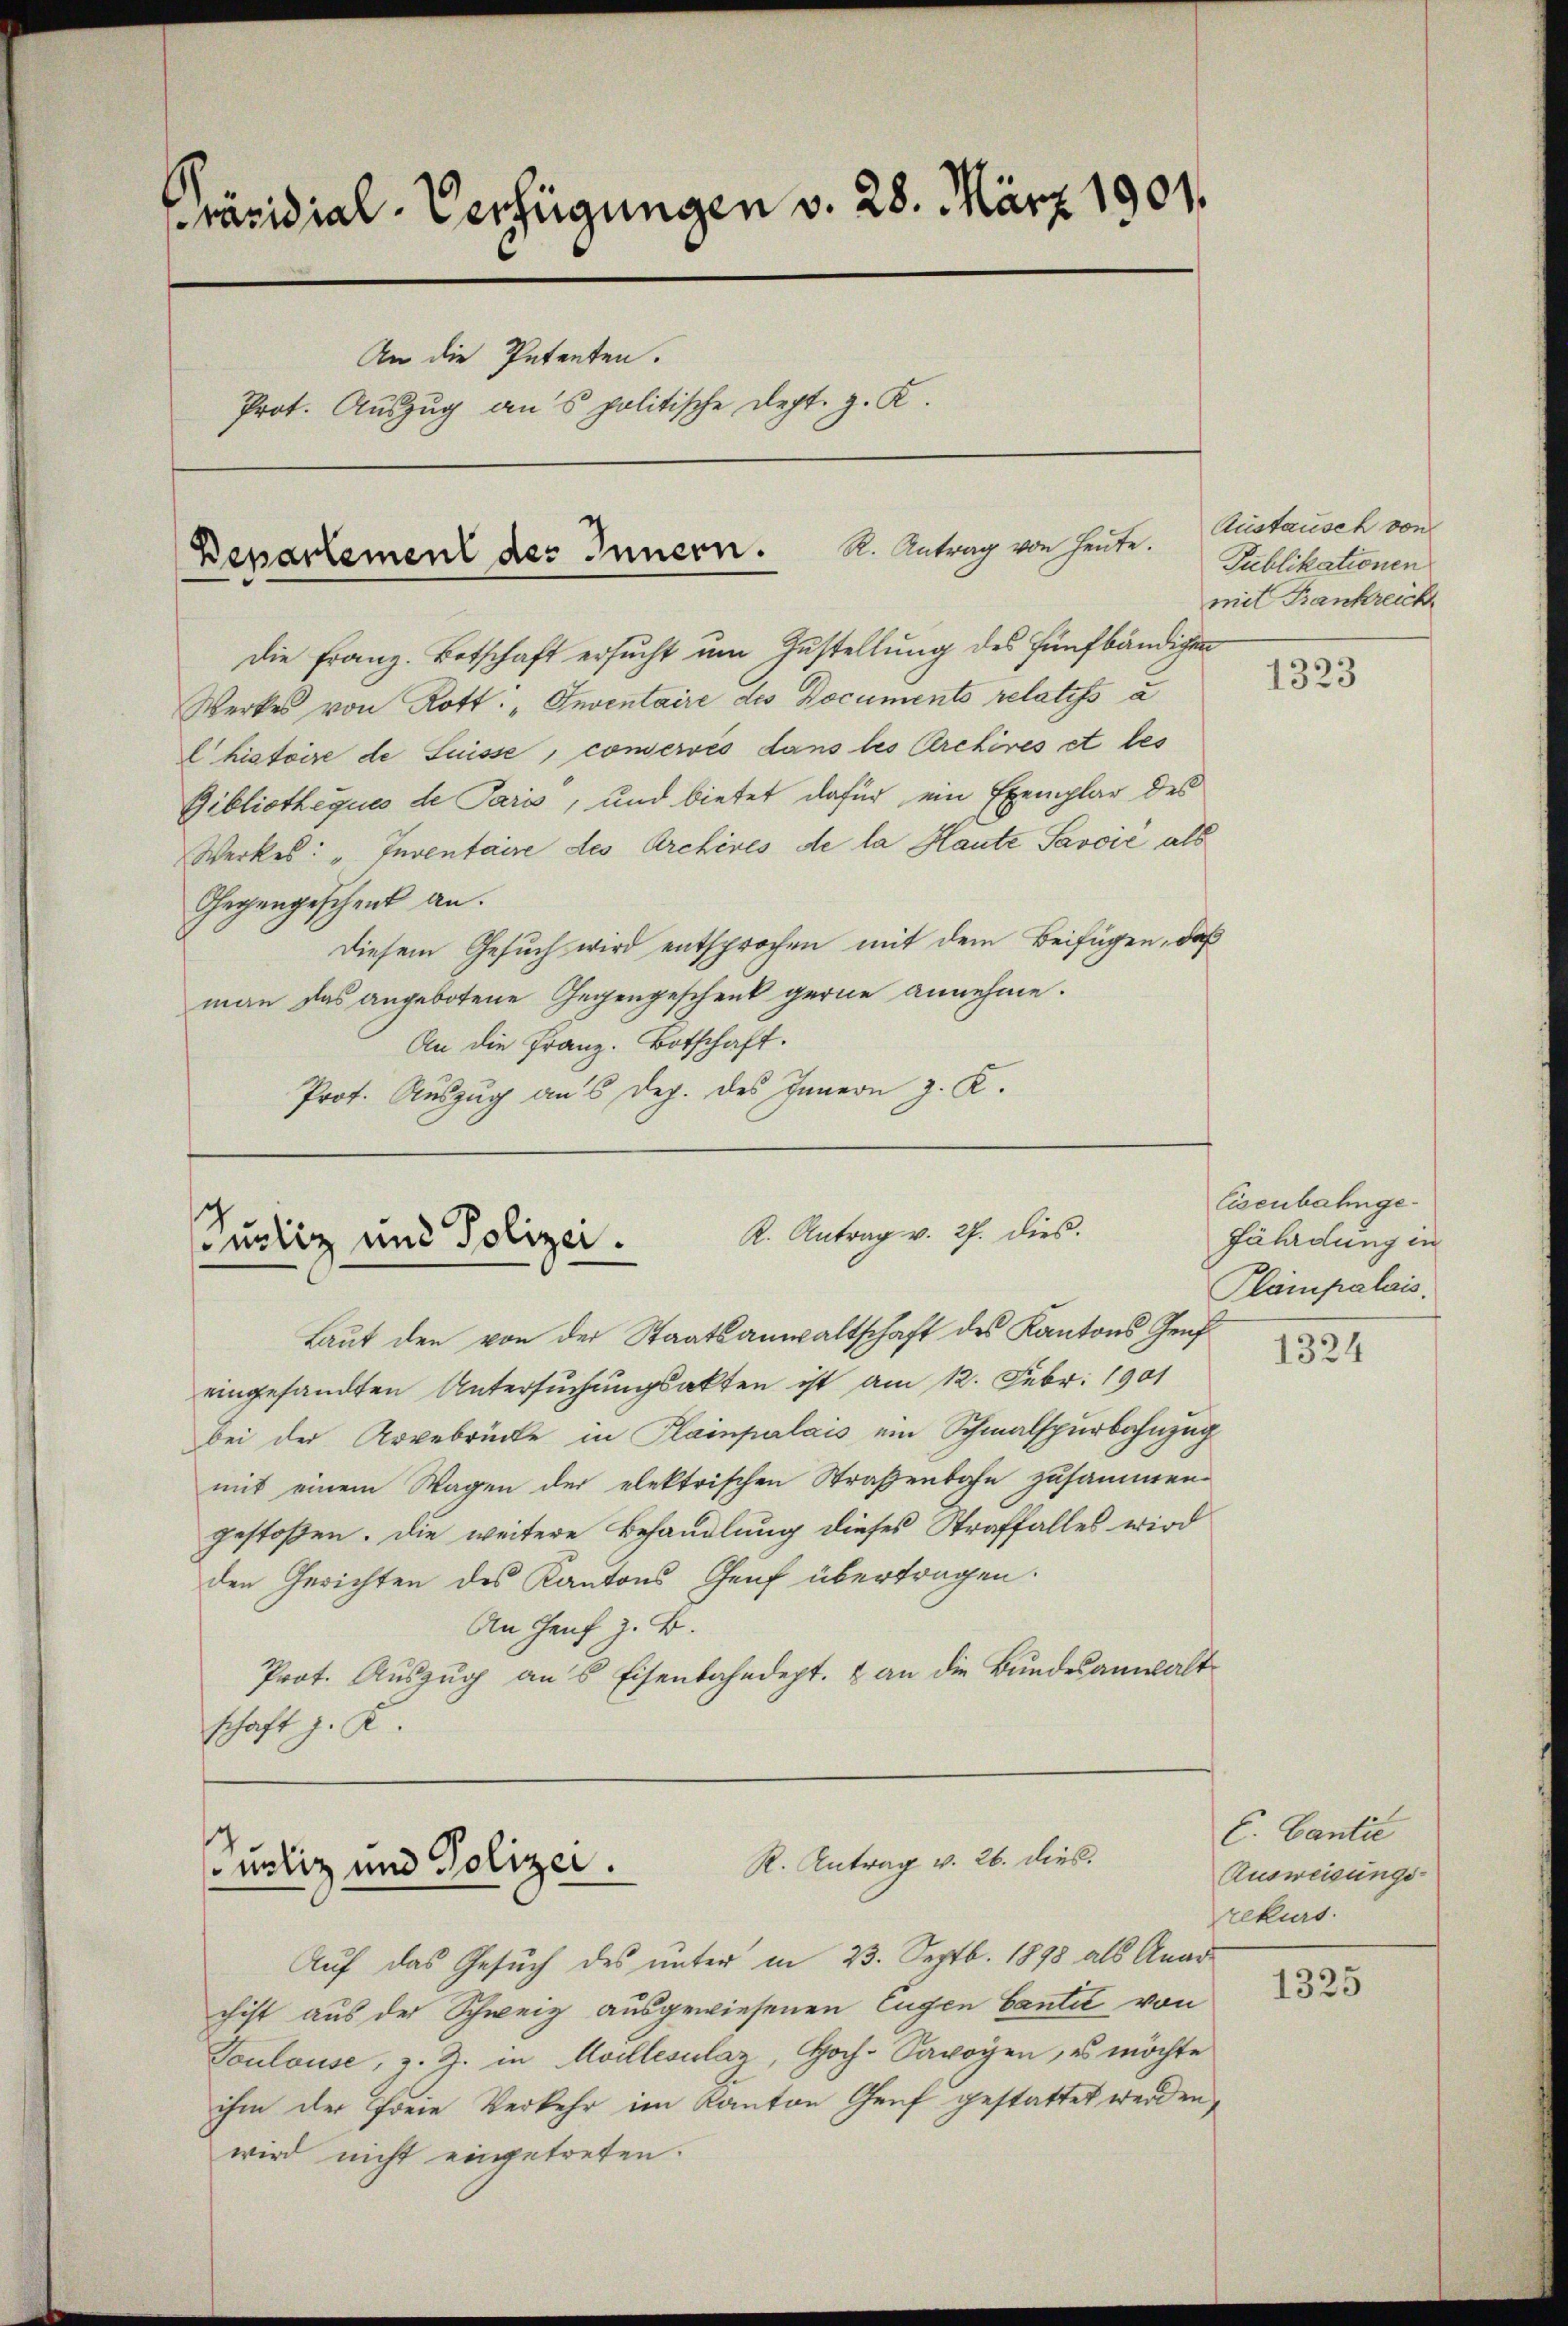
racidial-Verfügungen v. 28. März 1901.
An die Petenten.
Prot. Auszug aus politische Dept. z. K.

Departement des Innern. K. Antrag von heute.

K. Antrag v. 27. dies.
ustiz und Polizei.
Laut den von der Staatsanwaltschaft des Kantons Graf

R. Antrag v. 26. dies
uelig und Polizei.

Die Franz. Botschaft ersucht um Zustellung des fünfbändigen
Werkes von Rott: „Inventaire des Documents relatifs à
lhistoire de Suisse, conservés dans les Archires et bes
Gibliotheques de Paris, und bietet dafür ein Exemplar des
Werkel: „Inventaire des Archives de la Haute Savoić als
Gegengeschenk an.
Diesem Gesuch wird entsprochen mit dem Beifügen, daß
man das angebotene Gegengeschenk gerne annehme.
An die Franz. Botschaft.
Prof. Auszug an 5 Dez. des Innern z. K.

eingesandten Untersuchungsakten ist am 12. Febr. 1901
bei der Arbebrücke in Plainpalais ein Schmalspurbahnzug
mit einem Wagen der elektrischen Straßenbahn zusammen-
gestoßen. Die weitere Behandlung dieses Straffalles wird
den Gerichten des Kantons Genf übertragen.
An Genf z. B.
Prot. Auszug ans Eisenbahndept. & an die Bundesanwaltschaft z. K.

Austausch von
Publikationen
mit Bankreich

Auf das Gesuch des unter in 23. Septb. 1898 als Anarchist aus der Schweiz ausgewiesenen Eugen Cantit von
Toulouse, z. Z. in Moillesulaz, Hoch-Savoyen, es möchte
ihm der freie Verkehr im Kanton Genf gestattet werden,
wird nicht eingetreten.

1323

Eisenbahngefährdung in
Plampalais.

1324

C. Cantie
Ausweisungs-
rekurs.

1325